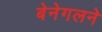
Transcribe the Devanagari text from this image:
बेनेगलने